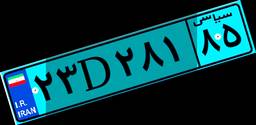
۲۳D۲۸۱۸۵